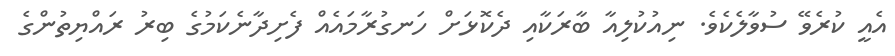
އެއީ ކުރެވޭ ސުވާލެކެވެ. ނިއުކުލިއާ ބާރަކާއި ދެކޮޅަށް ހަނގުރާމައެއް ފެށިދާނެކަމުގެ ބިރު ރައްޔިތުންގެ